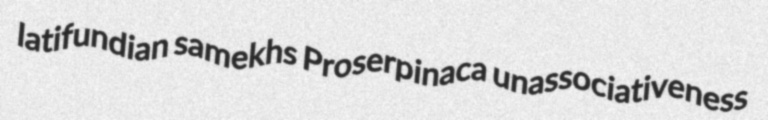
latifundian samekhs Proserpinaca unassociativeness